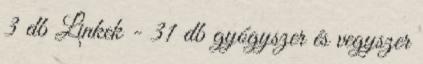
3 db Linkek - 31 db gyógyszer és vegyszer